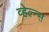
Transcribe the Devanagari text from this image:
व्हेल्न्स